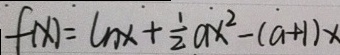
f ( x ) = \ln x + \frac { 1 } { 2 } a x ^ { 2 } - ( a + 1 ) x